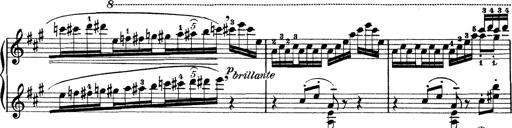
Title: Rapsodie: 19 ungheresi, 1 spagnuola
Composer: Franz Liszt